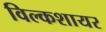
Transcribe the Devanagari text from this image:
विल्कशायर